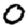
Digit: 0